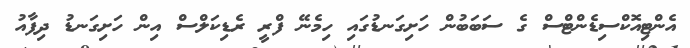
އެންޓިއޮކްސިޑެންޓްސް ގެ ސަބަބުން ހަށިގަނޑުގައި ހިމެނޭ ފްރީ ރެޑިކަލްސް އިން ހަށިގަނޑު ދިފާއު